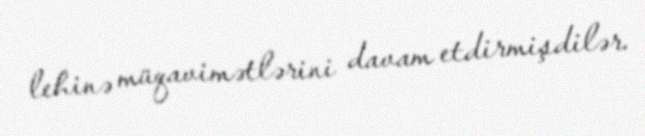
lehinə müqavimətlərini davam etdirmişdilər.